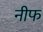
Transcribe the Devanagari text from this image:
नीफ